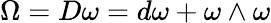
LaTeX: \Omega=D\omega=d\omega+\omega\wedge\omega